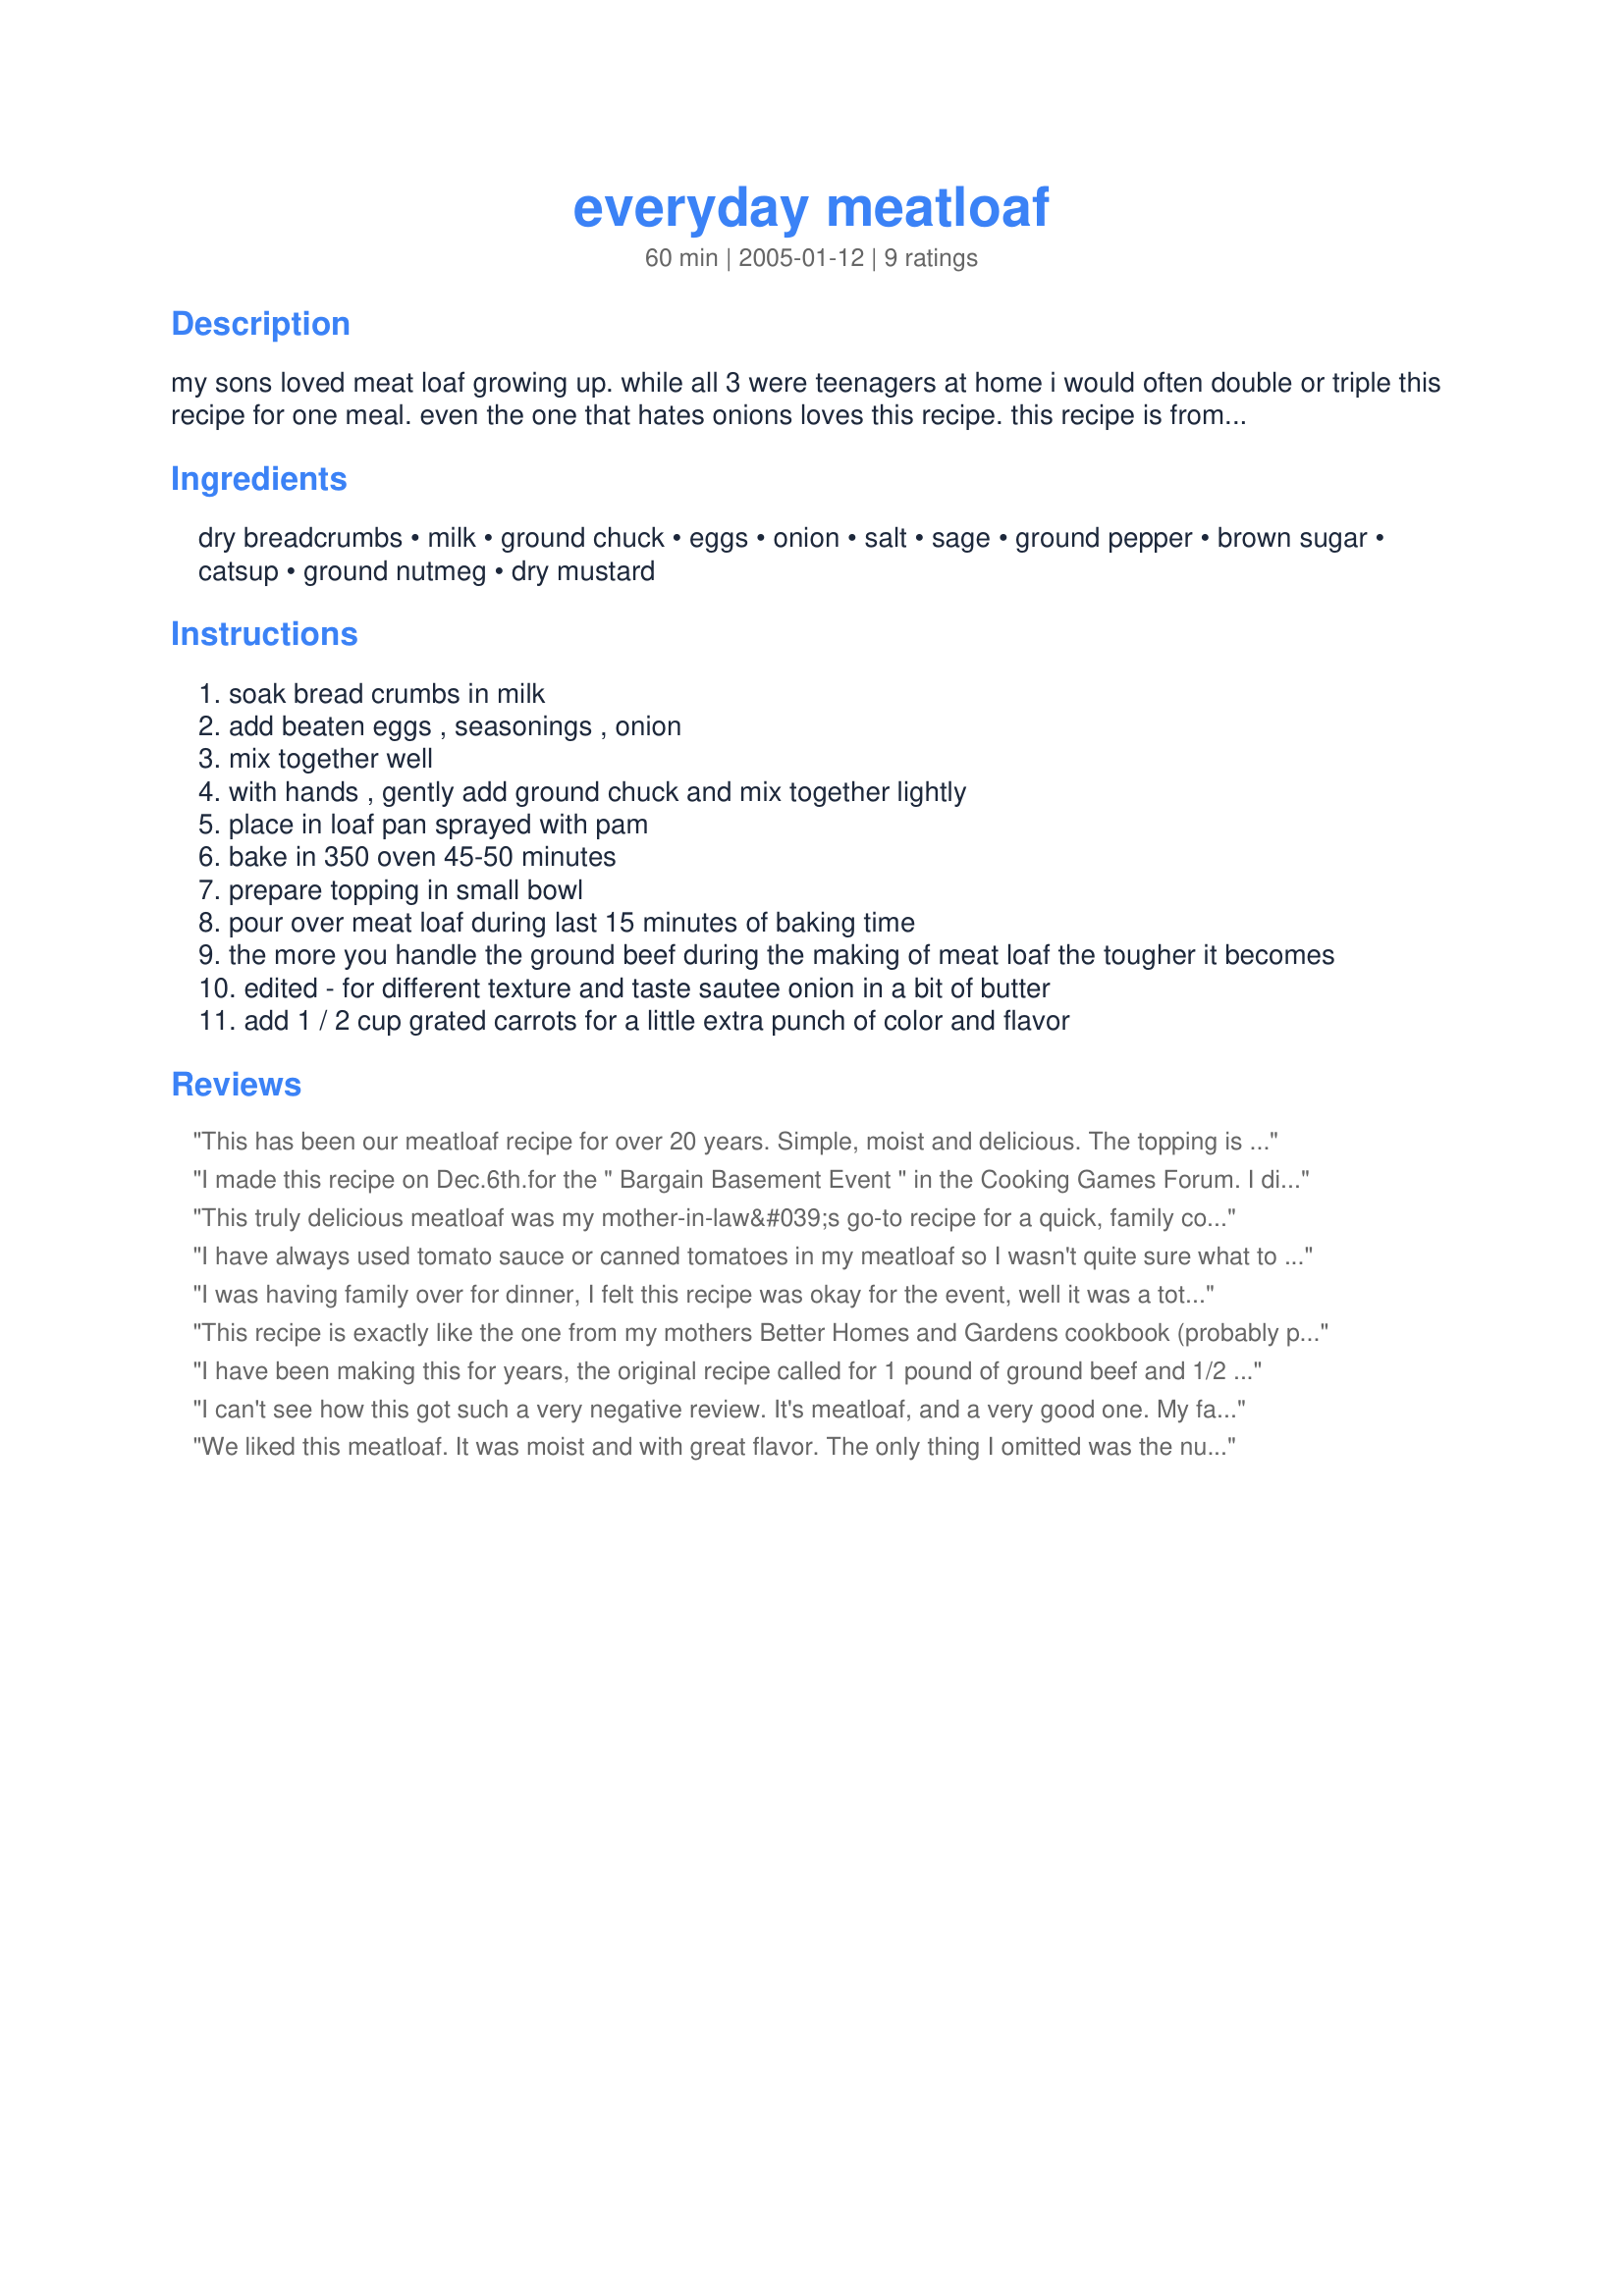
everyday meatloaf
Preparation time: 60 minutes

my sons loved meat loaf growing up. while all 3 were teenagers at home i would often double or triple this recipe for one meal. even the one that hates onions loves this recipe. this recipe is from my mom's better homes & gardens cookbook (1954).

Ingredients:
dry breadcrumbs, milk, ground chuck, eggs, onion, salt, sage, ground pepper, brown sugar, catsup, ground nutmeg, dry mustard

Steps:
soak bread crumbs in milk
add beaten eggs , seasonings , onion
mix together well
with hands , gently add ground chuck and mix together lightly
place in loaf pan sprayed with pam
bake in 350 oven 45-50 minutes
prepare topping in small bowl
pour over meat loaf during last 15 minutes of baking time
the more you handle the ground beef during the making of meat loaf the tougher it becomes
edited - for different texture and taste sautee onion in a bit of butter
add 1 / 2 cup grated carrots for a little extra punch of color and flavor

Reviews:
This has been our meatloaf recipe for over 20 years. Simple, moist and delicious. The topping is the best!
I made this recipe on Dec.6th.for the " Bargain Basement Event " in the Cooking Games Forum. I did make a couple of changes to the recipe and they are as follows, the amount of onions were upped to 1/2 cup. Also, 1/2 cup of finely chopped celery was added with the onion then saute' d in a bit of margarine until softened.Then I continued with the recipe as it was written. The last change was, instead of putting into a loaf pan the meatloaf was free- formed and placed in a rectangular baking dish and baked at the suggested baking temp.(If free-forming, I would suggest adding a bit more bread crumbs to hold the shape of the loaf better.) Even with me free-forming, the amount of topping was perfect for this loaf. After letting "rest " for a few minutes, it sliced very well. And I consider myself a " Meatloaf Expert " :) and I have to tell you, " This is one of the best meatloaves that I've ever had ". Thank you for posting such a " Classic Comfort Food " recipe. " Keep Smiling :) "
This truly delicious meatloaf was my mother-in-law&#039;s go-to recipe for a quick, family comfort food dinner. I&#039;ve made a few alterations that I think really amp up the flavor and texture.
1- America&#039;s Test Kitchen recommends adding a tiny bit of baking soda to ground beef recipes that cook for a long time. It changes the pH just enough to avoid any trace of the dreaded rubbery texture inherent in so many recipes (like rubber meatballs). You&#039;ll never taste it in the finished meatloaf, and it truly does as advertised.
2- The star flavor in this recipe is the nutmeg in the piquant sauce, so I use 2 tablespoons of nutmeg, but I add it to a quadrupled quantity of the other piquant sauce ingredients. Prior to this change, I had to police the family -- making sure none them scraped off the top of the meatloaf when I wasn&#039;t looking to get a larger portion of piquant sauce for themselves! Now, I have extra to serve at the table, and no one is tempted to make a piggy of the self,...but just in case, I keep it in front of me!
3- PREP: I prefer a free-formed meatloaf baked on a rack covered with foil and punctured with a toothpick or skewer about every 1/2 inch to 1 inch -- so the fat can drain away from the meatloaf. To make clean-up quicker, I set the punctured rack in a sheet pan that I&#039;ve covered with foil.
 BAKING: A meatloaf formed into a ring has more surface area for more piquant sauce (yum!), and it cooks quickly and evenly. For Valentine&#039;s Day, I form it in the shape of a heart. To get the perfect done ness, I use a digital thermometer set to alarm at 155&deg; -- easy.

My family likes this meatloaf served with roasted salt &amp; vinegar potato wedges and steamed carrots. Add an unfrosted applesauce cake, and it&#039;s 1960 again!
I have always used tomato sauce or canned tomatoes in my meatloaf so I wasn't quite sure what to expect of this recipe. It was moist and tastey with a very slight hint of sage. I loved loved loved the sauce on top!! I will use this recipe again but will probably add a can of tomato sauce. :)
I was having family over for dinner, I felt this recipe was okay for the event, well it was a total disaster!!! I followed directions carefully and the flavor was horrifying, simply horrible. My family was disappointed and so was I.
This recipe is exactly like the one from my mothers Better Homes and Gardens cookbook (probably published in late 40s or early 50s). People who have never liked meatloaf love this one. I’m 68 and have been making it forever. SO YUMMY.
I have been making this for years, the original recipe called for 1 pound of ground beef and 1/2 pound pork sausage. I also saute the onion. It has been a family favorite for 40 years!
I can't see how this got such a very negative review. It's meatloaf, and a very good one. My family gave it a thumbs up. Sauce is delicious. Perhaps the reviewer put the meat in the food processor too and made it way too dense. In any case, don't serve anything to guests if you haven't tried it first.
We liked this meatloaf. It was moist and with great flavor. The only thing I omitted was the nutmeg. Thanks Cindi :) Made for PAC Fall 2012
